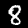
Digit: 8